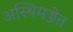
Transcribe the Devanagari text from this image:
अस्थिमज्जेत